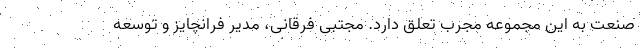
صنعت به این مجموعه مجرب تعلق دارد. مجتبی فرقانی، مدیر فرانچایز و توسعه